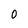
Character: 0